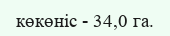
көкөніс - 34,0 га.